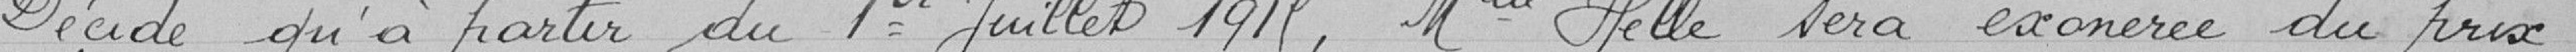
Décide qu'à partir du 1er juillet 1915, Melle HELLE sera exonéré du prix